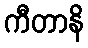
ကီတာနိ